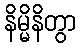
နိမ္မိနိတွာ